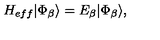
{ H _ { e f f } } | \Phi _ { \beta } \rangle = E _ { \beta } | \Phi _ { \beta } \rangle ,